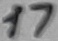
Text: 17